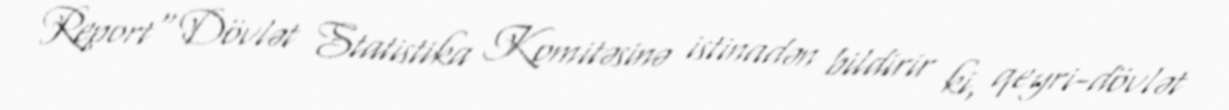
Report" Dövlət Statistika Komitəsinə istinadən bildirir ki, qeyri-dövlət